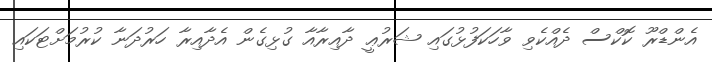
އެންޑްރޫ ކޮކްސް ދެއްކެވި ވާހަކަފުޅުގައި ޝަރުޢީ ދާއިރާއާ ގުޅިގެން އެދާއިރާ ހަރުދަނާ ކުރުމަށްޓަކައި